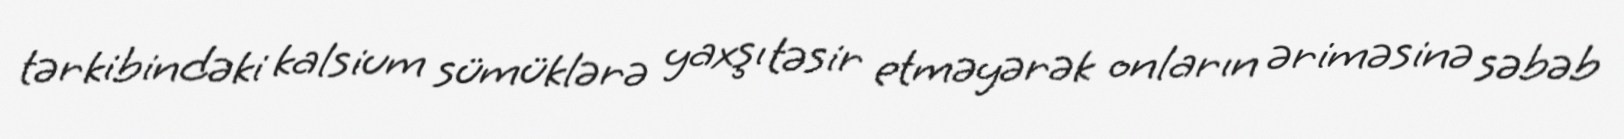
tərkibindəki kalsium sümüklərə yaxşı təsir etməyərək onların əriməsinə səbəb